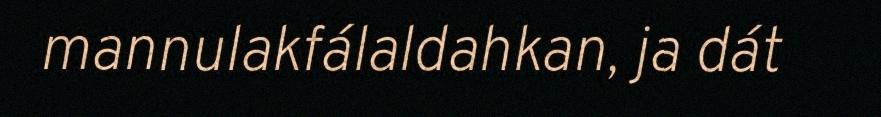
mannulakfálaldahkan, ja dát